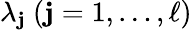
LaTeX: \lambda_{\mathbf{j}}\ (\mathbf{j}=1,\ldots,\ell)